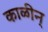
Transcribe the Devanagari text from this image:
काळीन्